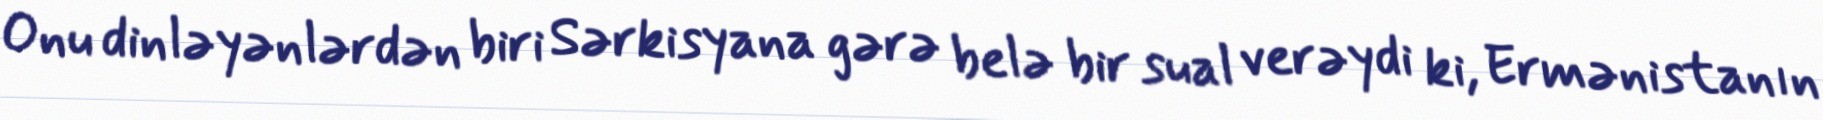
Onu dinləyənlərdən biri Sərkisyana gərə belə bir sual verəydi ki, Ermənistanın